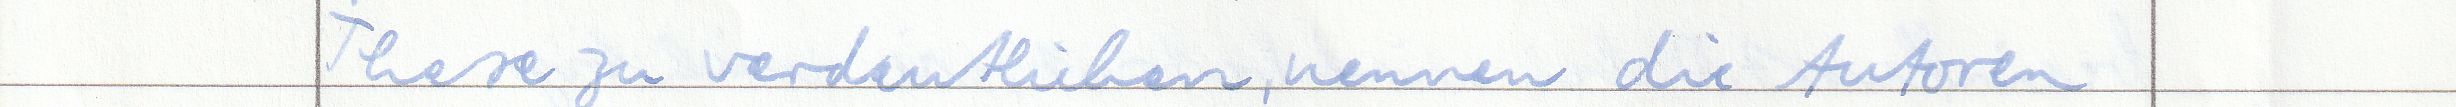
These zu verdeutlichen, nennen die Autoren